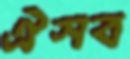
ঐসব